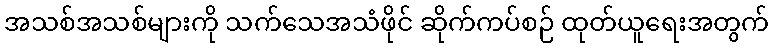
အသစ်အသစ်များကို သက်သေအသံဖိုင် ဆိုက်ကပ်စဉ် ထုတ်ယူရေးအတွက်